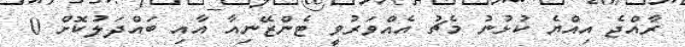
ރާއްޖެ އިއްޔެ ކުޅުނު މެޗު އެއްވަރުވީ ޓެންޒޭނިއާ އާއި ބައްދަލުކޮށް 0